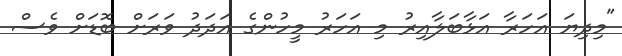
"މިދިޔަ އަހަރާ އަޅާބަލާއިރު މި އަހަރު މީހުންގެ އަދަދު ވަރަށް ބޮޑަށް ވެސް